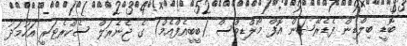
ބޮޑީ ބިލްޑިން ފެޑެރޭޝަން އޮފް މޯލްޑިވްސް (ބީބީއެފްއެމް) ގެ ޖެނެރަލް ސެކްރެޓަރީ އަހުމަދު